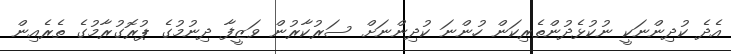
އެދެ ކުދިންނަކީ ނުކުޅެދުންތެރިކަން ހުންނަ ކުދިންނަށް ސަރުކާރުން ވަޒީފާ ދިނުމުގެ ޕުރޮގުރާމުގެ ތެރެއިން